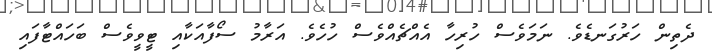
ދެތިން ހަރުގަނޑެވެ. ނަމަވެސް ހުރިހާ އެއްޗެއްވެސް ހުހެވެ. އަރާމު ސޯފާއަކާއި ޓީވީވެސް ބަހައްޓާފައި